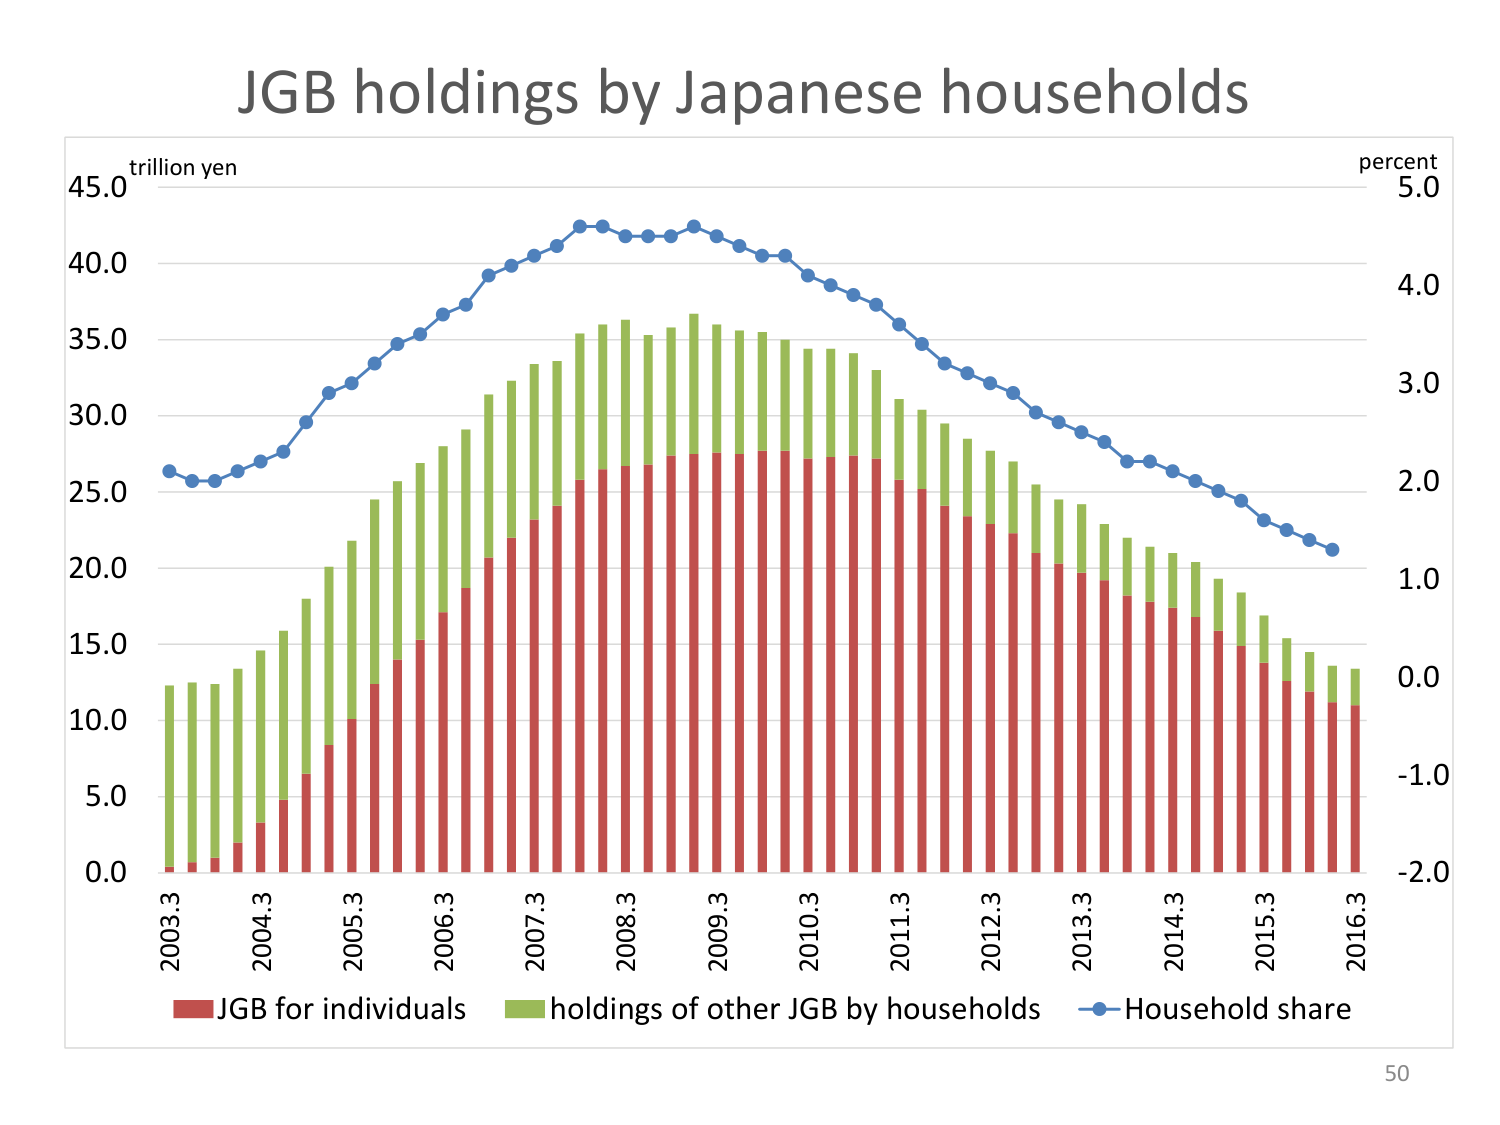
JGB holdings by Japanese households
trillion yen
percent
45.0
5.0
40.0
4.0
35.0
3.0
30.0
2.0
25.0
1.0
20.0
0.0
15.0
-1.0
10.0
-2.0
5.0
0.0
2003.3
2004.3
2005.3
2006.3
2007.3
2008.3
2009.3
2010.3
2011.3
2012.3
2013.3
2014.3
2015.3
2016.3
JGB for individuals
holdings of other JGB by households
Household share
50